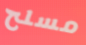
مسلح